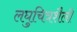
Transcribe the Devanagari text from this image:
लघुचित्रशैली